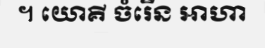
។ យោគី ចំរើន ឤហា